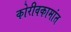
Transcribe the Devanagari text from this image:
कोरीवकामांत